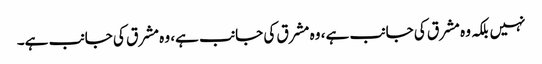
نہیں بلکہ وہ مشرق کی جانب ہے، وہ مشرق کی جانب ہے، وہ مشرق کی جانب ہے۔